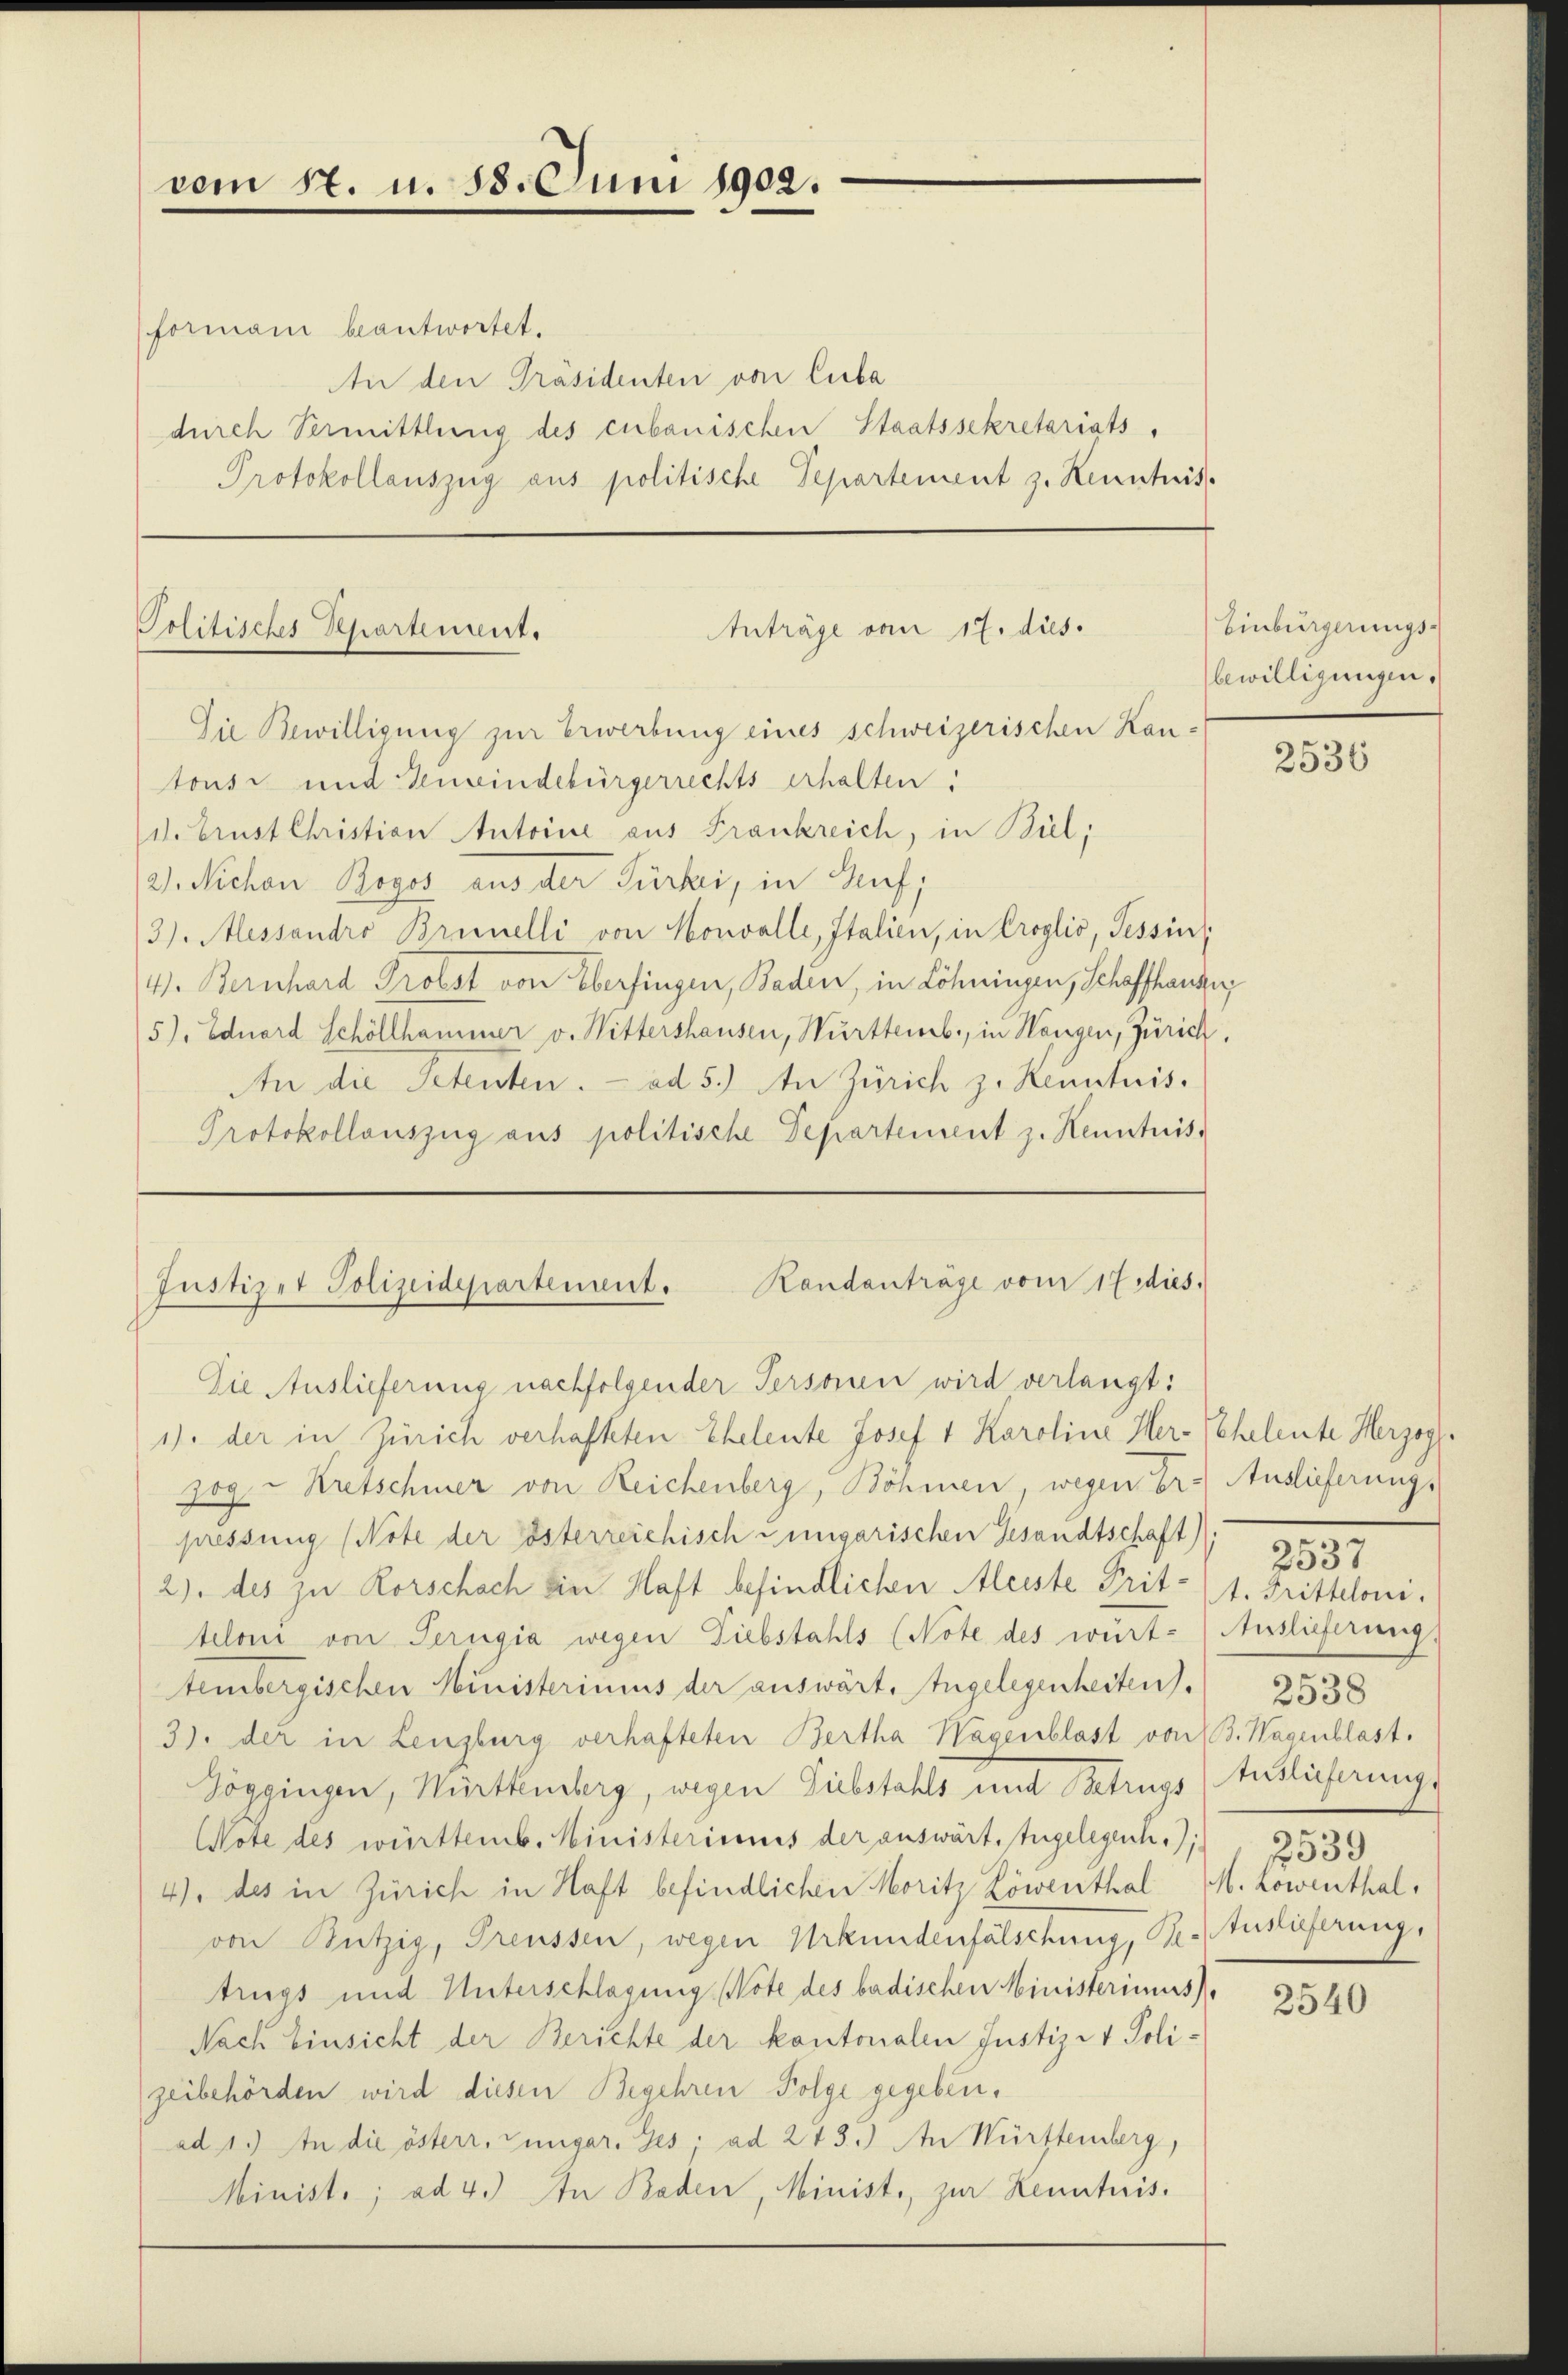
vom 17. u. 18. Juni 1902.

formani beantwortet.
An den Präsidenten von Cuba
durch Vermittlung des cubanischen Staatssekretariats,
Protokollauszug aus politische Departement z. Kenntes.

Politisches Repartement.

Anträge vom 17. dies.

Die Bewilligung zur Erwerbung eines schweizerischen Kan-
tons und Gemeindebürgerrechts erhalten.
d. brust Christion Antoine aus Frankreich, in Biel,
2). Nichon Bogos aus der Türbei, in Auf¬
3). Messandro Brinelli von Honvalle, Italien, in Croglio, Tessin,
4. Bernhard Probst von Oberfingen, Baden, in Löhningen, Schaffhauser
5). Eduard Schöllhammer v. Mittershausen, Württemb., in Wangen, Zürich,
An die Petenten. ad 5.) An Zürich z. Kenntnis.
Protokollauszug aus politische Departement z. Kenntniss
Die Auslieferung nachfolgender Personen wird verlangt:
1) der in Zürich verhafteten Eheleute Josef 1 Karoline Her-Scheleute Herzogl.
zog. Kretschmer von Reichenberg, Böhmen, wegen der Auslieferung,
pressung (Note der österreichisch ungarischen Gesandtschaft).
2) des zu Rorschach ein Haft befindlichen Meiste Prit- (1. Tritteloni.
teloni von Perugia wegen Diebstahls (Note des würt- (Auslieferung
tembergischen Ministeriums der auswärt, Angelegenheiten).
3) der in Lenzburg verhafteten Bertha Wagenblast von 3. Wagenblast.
Toggingen, Württemberg, wegen Diebstahls und Betrugs (Auslieferung
Wote des württemb. Ministeriums der auswärt, zugelegenhi.);
4), des in Zürich in Haft befindlichen Moritz Löwenthal M. Lowenthal,
von Nützig, Preussen, wegen Urkundenfälschung, Be. Auslieferung,
trugs und Unterschlagung Note des badischen Ministerimus
Nach Einsicht der Berichte der kantonalen Justiz- & Polizeibehörden wird diesen Begehren Folge gegeben.
ad 1.) In die österr. Zungar. Ges; ad 213.) An Württemberg,
Ministe; ad 4.) In Baden, Minist., zur Kenntnis.

Justizet Polizeidepartement. Kandanträge vom 17 dies

Einbürgerungs-
bewilligungen.

2536

2537
2538
3539

2540